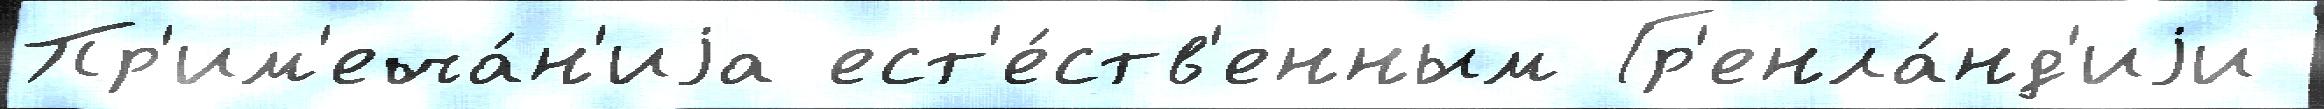
Пр'им'еча́н'иjа ест'е́ств'енным Гр'енла́нд'иjи